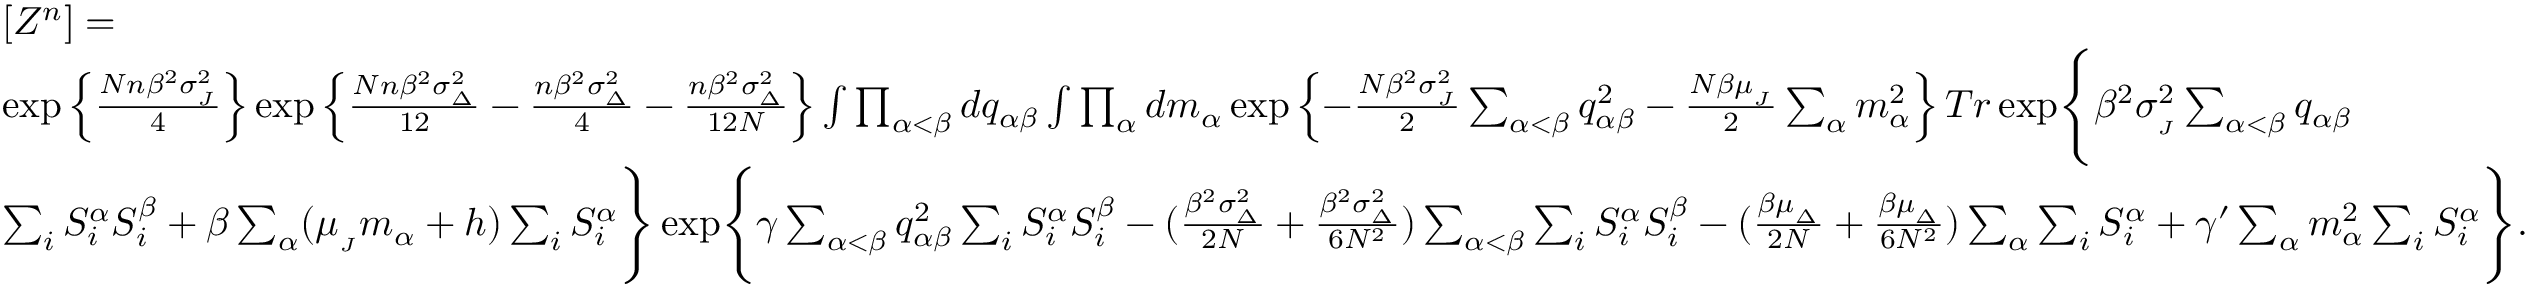
\begin{array} { r l } & { [ Z ^ { n } ] = } \\ & { \exp \left\{ \frac { N n \beta ^ { 2 } \sigma _ { _ { J } } ^ { 2 } } { 4 } \right\} \exp \left\{ \frac { N n \beta ^ { 2 } \sigma _ { _ { \Delta } } ^ { 2 } } { 1 2 } - \frac { n \beta ^ { 2 } \sigma _ { _ { \Delta } } ^ { 2 } } { 4 } - \frac { n \beta ^ { 2 } \sigma _ { _ { \Delta } } ^ { 2 } } { 1 2 N } \right\} \int \prod _ { \alpha < \beta } d q _ { \alpha \beta } \int \prod _ { \alpha } d m _ { \alpha } \exp \left\{ - \frac { N \beta ^ { 2 } \sigma _ { _ { J } } ^ { 2 } } { 2 } \sum _ { \alpha < \beta } q _ { \alpha \beta } ^ { 2 } - \frac { N \beta \mu _ { _ { J } } } { 2 } \sum _ { \alpha } m _ { \alpha } ^ { 2 } \right\} T r \exp \Biggl \{ \beta ^ { 2 } \sigma _ { _ { J } } ^ { 2 } \sum _ { \alpha < \beta } q _ { \alpha \beta } } \\ & { \sum _ { i } S _ { i } ^ { \alpha } S _ { i } ^ { \beta } + \beta \sum _ { \alpha } ( \mu _ { _ { J } } m _ { \alpha } + h ) \sum _ { i } S _ { i } ^ { \alpha } \Biggr \} \exp \Biggl \{ \gamma \sum _ { \alpha < \beta } q _ { \alpha \beta } ^ { 2 } \sum _ { i } S _ { i } ^ { \alpha } S _ { i } ^ { \beta } - ( \frac { \beta ^ { 2 } \sigma _ { _ { \Delta } } ^ { 2 } } { 2 N } + \frac { \beta ^ { 2 } \sigma _ { _ { \Delta } } ^ { 2 } } { 6 N ^ { 2 } } ) \sum _ { \alpha < \beta } \sum _ { i } S _ { i } ^ { \alpha } S _ { i } ^ { \beta } - ( \frac { \beta \mu _ { _ { \Delta } } } { 2 N } + \frac { \beta \mu _ { _ { \Delta } } } { 6 N ^ { 2 } } ) \sum _ { \alpha } \sum _ { i } S _ { i } ^ { \alpha } + \gamma ^ { \prime } \sum _ { \alpha } m _ { \alpha } ^ { 2 } \sum _ { i } S _ { i } ^ { \alpha } \Biggr \} . } \end{array}